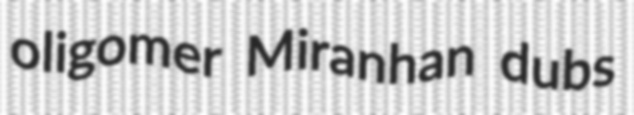
oligomer Miranhan dubs